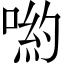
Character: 喲